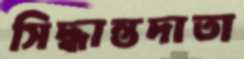
সিদ্ধান্তদাতা